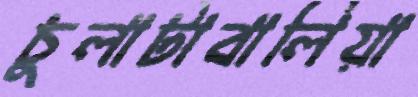
চুলাটাবালিয়া